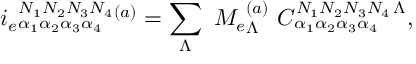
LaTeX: i _ { e } { } _ { \alpha _ { 1 } \alpha _ { 2 } \alpha _ { 3 } \alpha _ { 4 } } ^ { N _ { 1 } N _ { 2 } N _ { 3 } N _ { 4 } } { } ^ { ( a ) } = \sum _ { \Lambda } \ M _ { e } { } _ { \Lambda } ^ { ( a ) } \ { C } _ { \alpha _ { 1 } \alpha _ { 2 } \alpha _ { 3 } \alpha _ { 4 } } ^ { N _ { 1 } N _ { 2 } N _ { 3 } N _ { 4 } \, \Lambda } ,